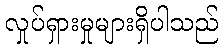
လှုပ်ရှားမှုများရှိပါသည်